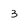
Character: 3